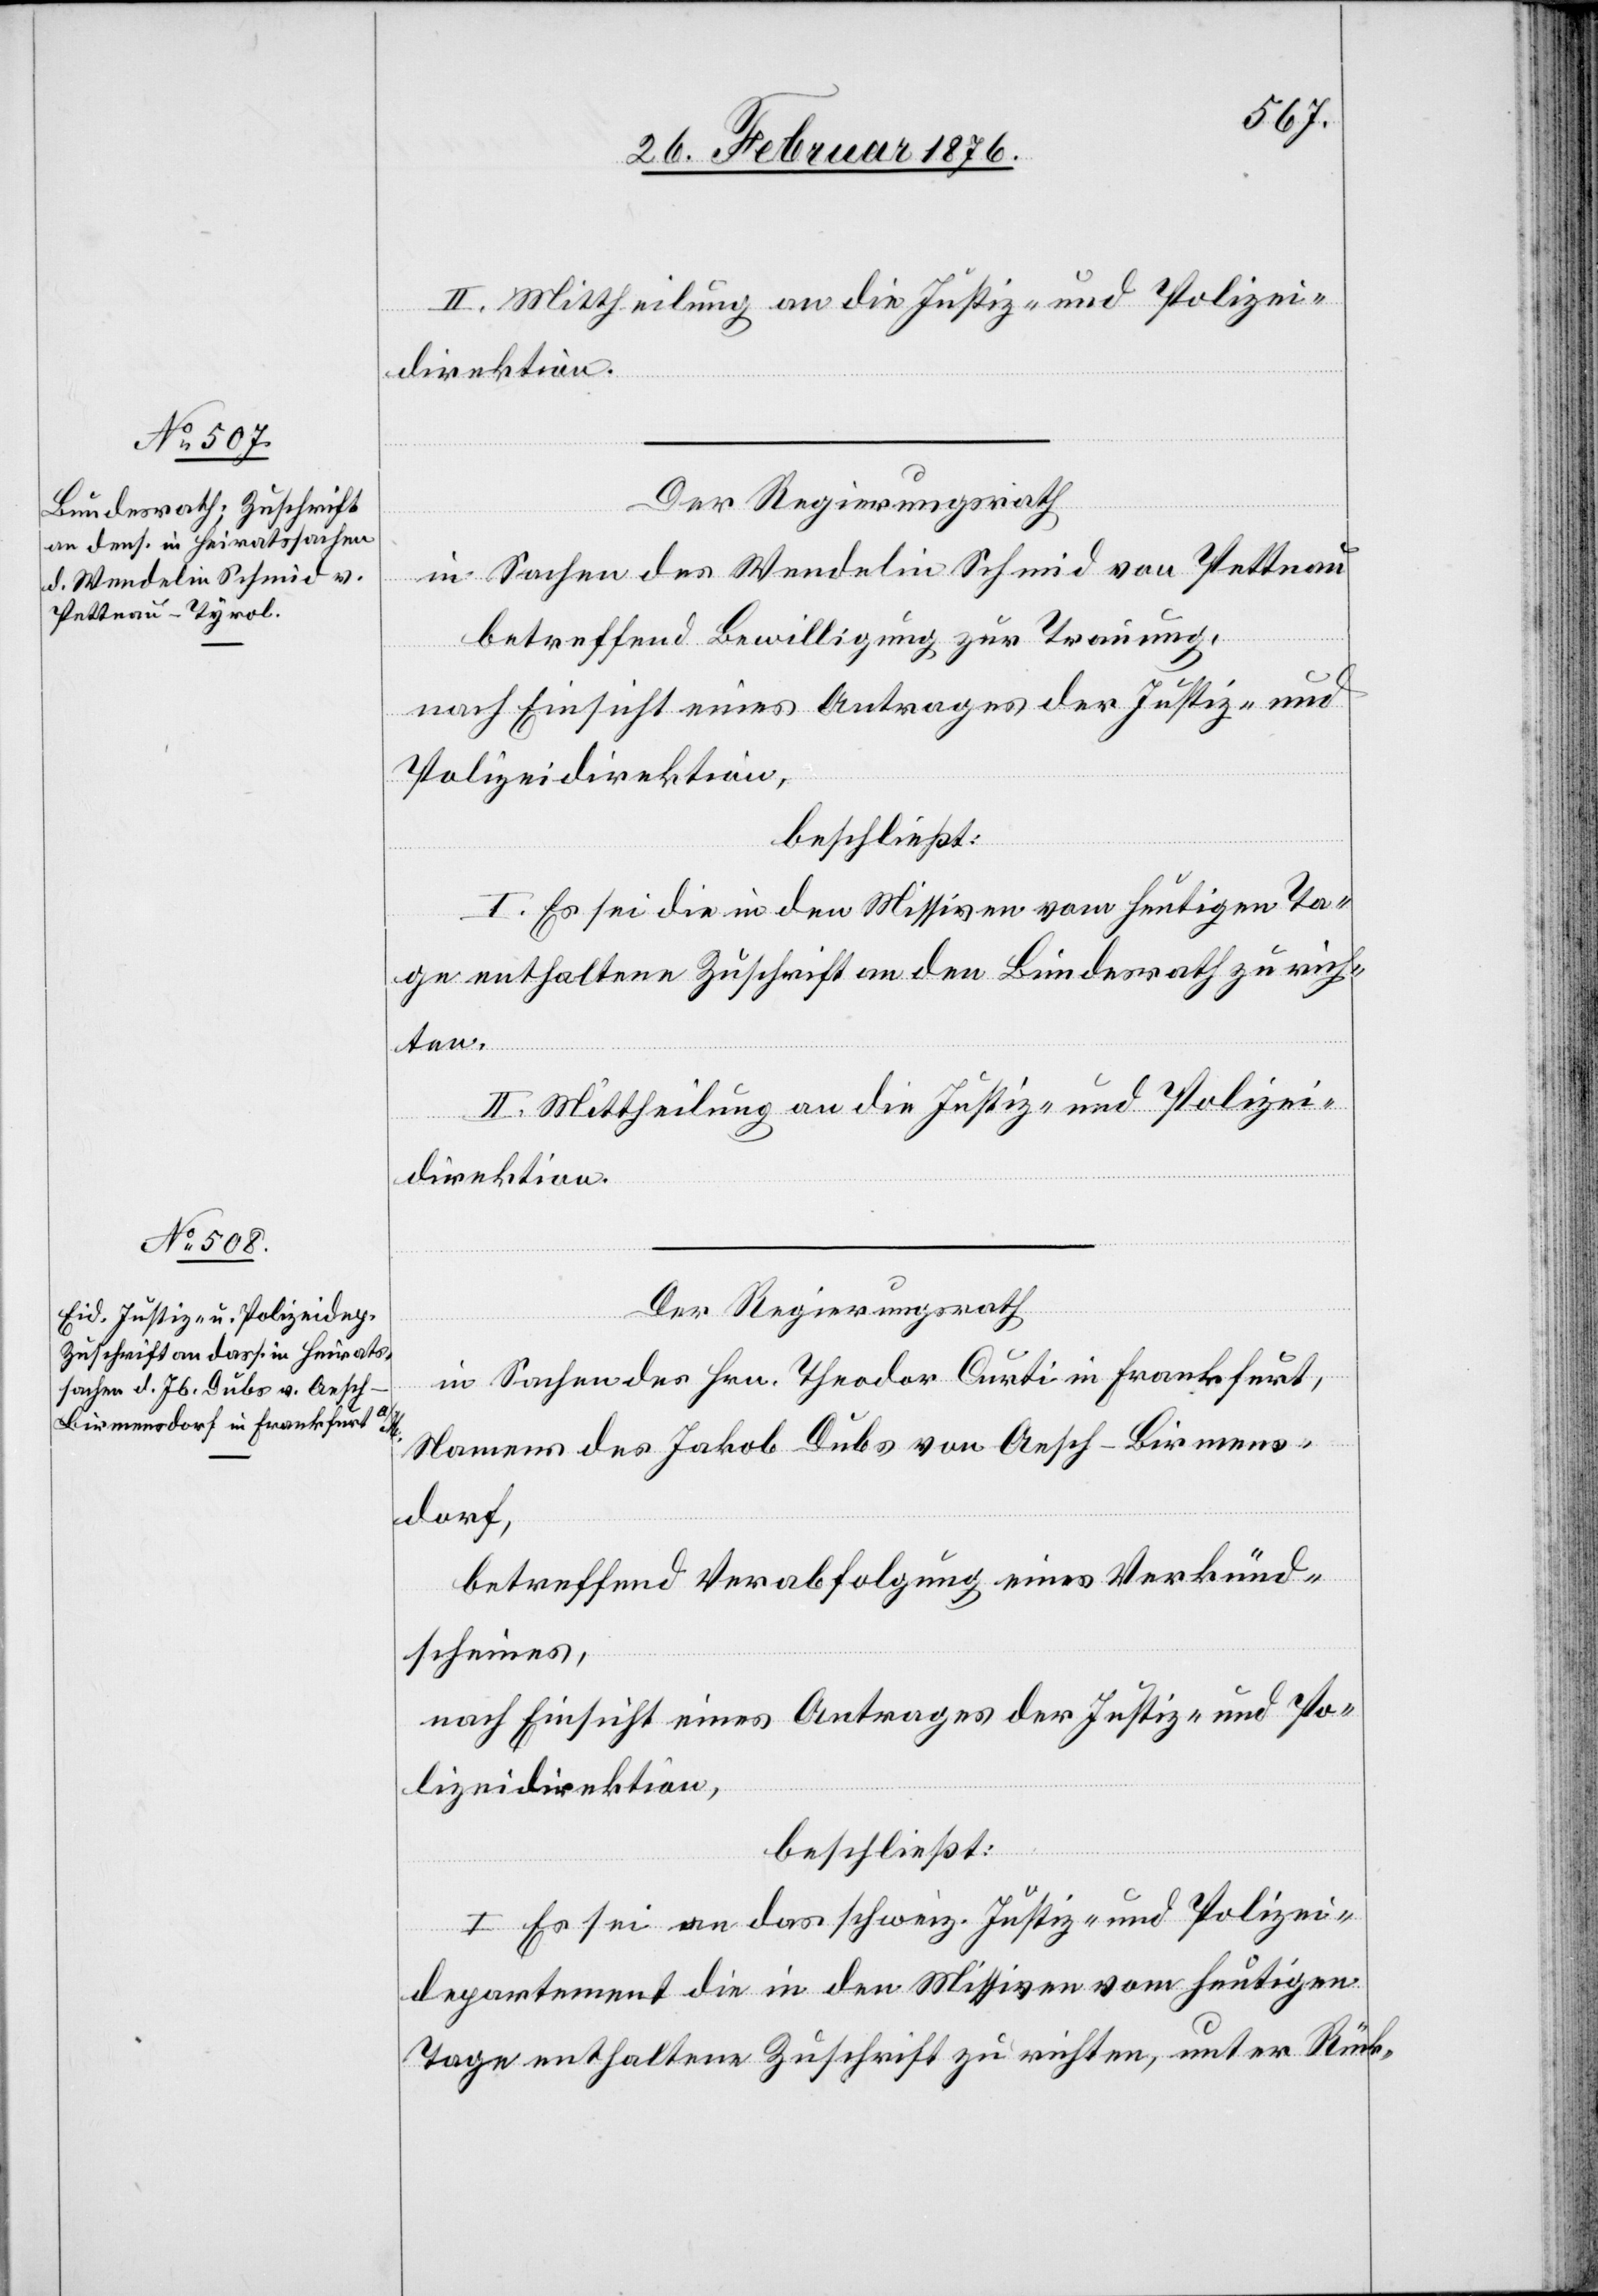
II. Mittheilung an die Justiz- und Polizei¬
direktion.
Der Regierungsrath,
in Sachen des Wendelin Schmid von Pettnau
betreffend Bewilligung zur Trauung,
nach Einsicht eines Antrages der Justiz- und
Polizeidirektion,
beschließt:
I. Es sei die in den Missiven vom heutigen Ta¬
ge enthaltene Zuschrift an den Bundesrath zu rich¬
ten.
II. Mittheilung an die Justiz- und Polizei¬
direktion.
Der Regierungsrath
in Sachen des Hrn. Theodor Curti in Frankfurt,
Namens des Jakob Dubs von Aesch-Birmens¬
dorf,
betreffend Verabfolgung eines Verkünd¬
scheines,
nach Einsicht eines Antrages der Justiz- und Po¬
lizeidirektion,
beschließt:
I. Es sei an das schweiz. Justiz- und Polizei¬
departement die in den Missiven vom heutigen
Tage enthaltene Zuschrift zu richten, unter Rück-